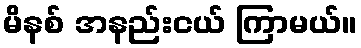
မိနစ် အနည်းငယ် ကြာမယ်။